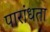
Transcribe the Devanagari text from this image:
पारांधता